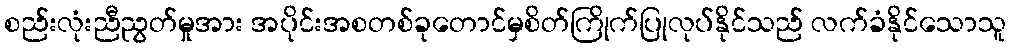
စည်းလုံးညီညွတ်မှုအား အပိုင်းအစတစ်ခုတောင်မှစိတ်ကြိုက်ပြုလုပ်နိုင်သည် လက်ခံနိုင်သောသူ